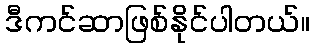
ဒီကင်ဆာဖြစ်နိုင်ပါတယ်။